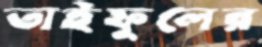
তাইফুলের